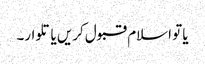
یا تو اسلام قبول کریں یا تلوار۔